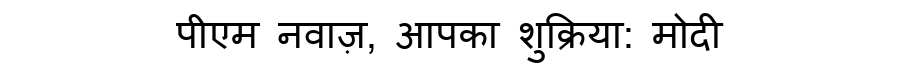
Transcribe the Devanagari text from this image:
पीएम नवाज़, आपका शुक्रिया: मोदी